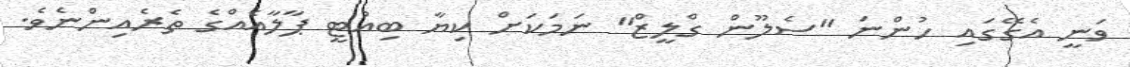
ވަނީ އެގޭގައި ހުންނަ "ސެލޫން ގްލީޒް" ނަމަކަށް ކިޔާ ބިއުޓީ ޕާލާއެއްގެ ތެރެއިންނެވެ.